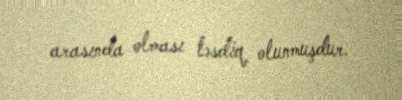
arasında olması təsdiq olunmuşdur.